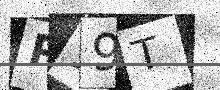
Text: P19T